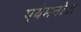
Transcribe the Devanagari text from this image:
पुयेमनोवा